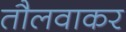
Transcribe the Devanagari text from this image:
तौलवाकर